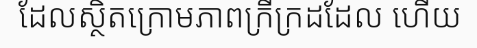
ដែលស្ថិតក្រោមភាពក្រីក្រដដែល ហើយ